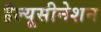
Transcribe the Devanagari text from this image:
हैल्यूसीनेशन